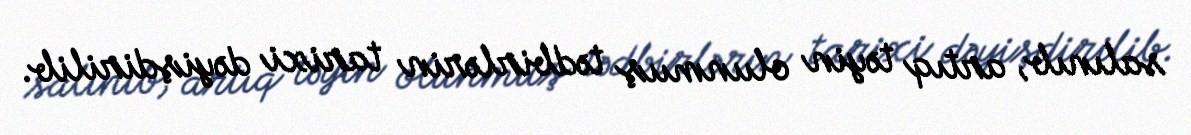
salınıb, artıq təyin olunmuş tədbirlərin tarixi dəyişdirilib.